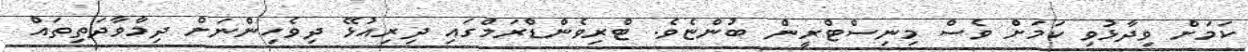
ކަމަށް ވިދާޅުވި ކަމަށް ވެސް މިނިސްޓްރީން ބުންޏެވެ. ޓްރިވެންޑްރަމްގައި ދިރިއުޅޭ ދިވެހިންނަށް ދިމާވާދަތިތައް